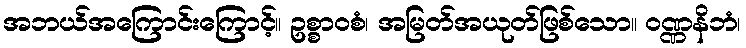
အဘယ်အကြောင်းကြောင့်။ ဥစ္စာဝစံ၊ အမြတ်အယုတ်ဖြစ်သော။ ဝဏ္ဏနိဘံ၊